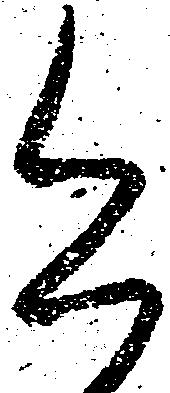
今